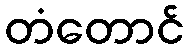
တံတောင်